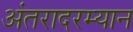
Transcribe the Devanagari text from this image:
अंतरादरम्यान